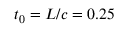
t _ { 0 } = L / c = 0 . 2 5